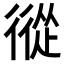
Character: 𢕩